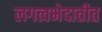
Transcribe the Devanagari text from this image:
लगत्वभेदातीत